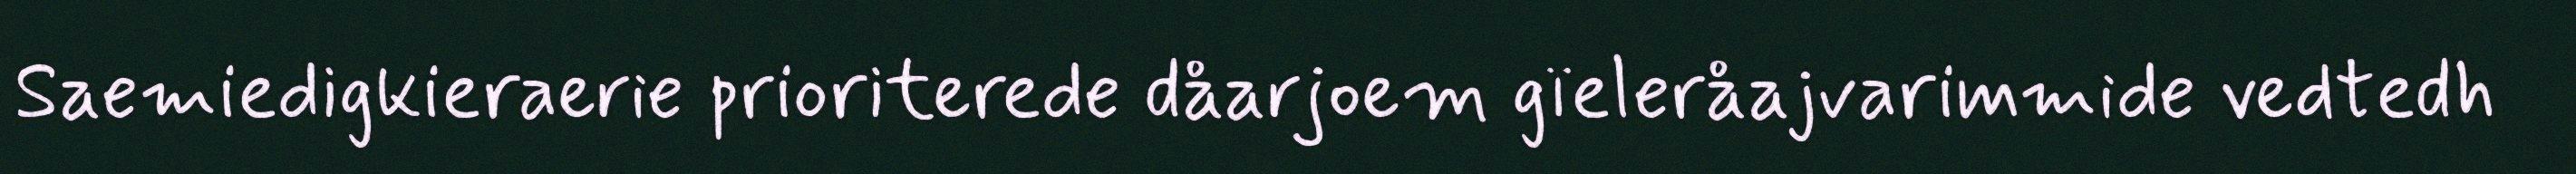
Saemiedigkieraerie prioriterede dåarjoem gïeleråajvarimmide vedtedh